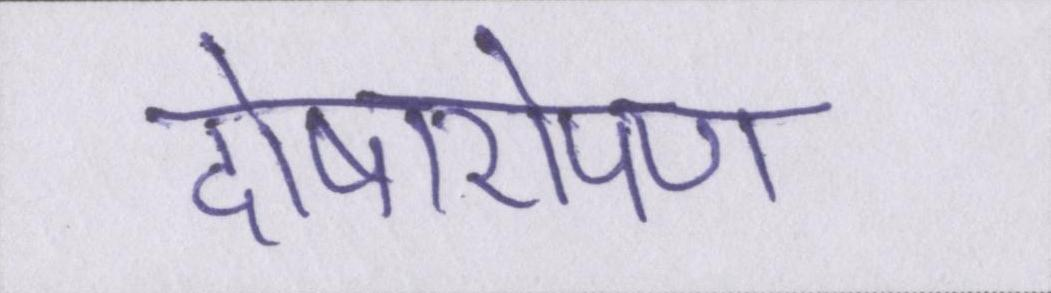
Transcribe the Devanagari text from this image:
दोषारोपण